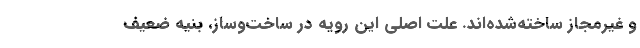
و غیرمجاز ساخته‌شده‌اند. علت اصلی این رویه در ساخت‌وساز، بنیه ضعیف